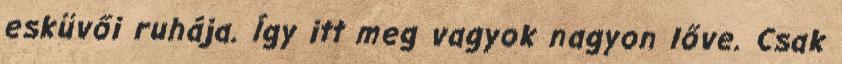
esküvői ruhája. Így itt meg vagyok nagyon lőve. Csak